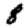
Digit: 8